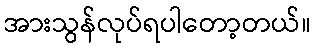
အားသွန်လုပ်ရပါတော့တယ်။